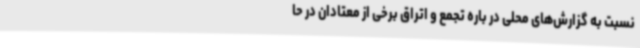
نسبت به گزارش‌های محلی در باره تجمع و اتراق برخی از معتادان در حا